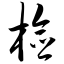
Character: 检